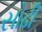
સોઢી